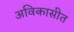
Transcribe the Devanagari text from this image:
अविकासीत